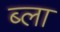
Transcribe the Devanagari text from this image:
ब्ला